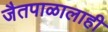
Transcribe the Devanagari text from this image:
जैतपाळालाही